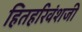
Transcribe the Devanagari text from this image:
हितहरिवंशजी